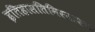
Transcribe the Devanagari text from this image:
इतिहासतिमिरनाशक